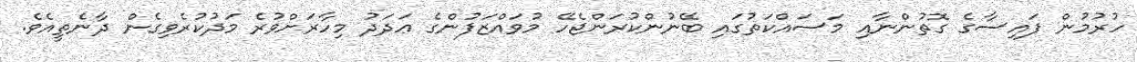
ހުރުމުން ފައިސާގެ ގޮތުންނާއި މަސައްކަތުގައި ބޭނުންކުރަންޖެހޭ މުވައްޒަފުންގެ ޢަދަދު މިހާރަށްވުރެ މަދުކުރެވިގެން ދާނެތީއެވެ.